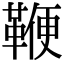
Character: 鞭